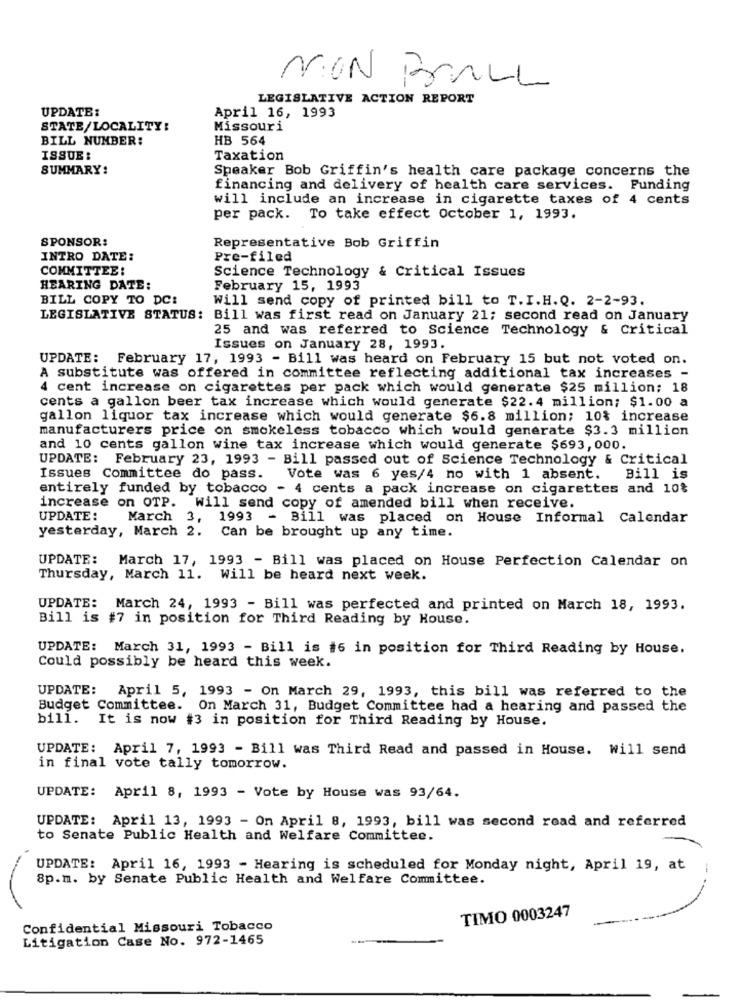
MON BULL
LEGISLATIVE ACTION REPORT
UPDATE:
April 16, 1993
STATE/LOCALITY:
Missouri
BILL NUMBER:
HB 564
ISSUE:
Taxation
SUMMARY:
Speaker Bob Griffin's health care package concerns the
financing and delivery of health care services. Funding
will include an increase in cigarette taxes of 4 cents
per pack. To take effect October 1, 1993.
SPONSOR:
Representative Bob Griffin
INTRO DATE:
Pre-filed
COMMITTEE:
Science Technology & Critical Issues
HEARING DATE:
February 15, 1993
BILL COPY TO DC:
Will send copy of printed bill to T.I.H.Q. 2-2-93.
LEGISLATIVE STATUS: Bill was first read on January 21; second read on January
25 and was referred to Science Technology & Critical
Issues on January 28, 1993.
UPDATE: February 17, 1993 - Bill was heard on February 15 but not voted on.
A substitute was offered in committee reflecting additional tax increases -
4 cent increase on cigarettes per pack which would generate $25 million; 18
cents a gallon beer tax increase which would generate $22.4 million; $1.00 a
gallon liquor tax increase which would generate $6.8 million; 10% increase
manufacturers price on smokeless tobacco which would generate $3.3 million
and 10 cents gallon wine tax increase which would generate $693,000.
UPDATE: February 23, 1993 - Bill passed out of Science Technology & Critical
Issues Committee do pass.
Vote was 6 yes/4 no with 1 absent. Bill is
entirely funded by tobacco - 4 cents a pack increase on cigarettes and 10%
increase on OTP. Will send copy of amended bill when receive.
UPDATE:
March 3,
1993
- Bill was placed on House Informal Calendar
yesterday, March 2. Can be brought up any time.
UPDATE: March 17, 1993 - Bill was placed on House Perfection Calendar on
Thursday, March 11. Will be heard next week.
UPDATE: March 24, 1993 - Bill was perfected and printed on March 18, 1993.
Bill is #7 in position for Third Reading by House.
UPDATE: March 31, 1993 - Bill is #6 in position for Third Reading by House.
Could possibly be heard this week.
UPDATE:
April 5, 1993 - On March 29, 1993, this bill was referred to the
Budget Committee. On March 31, Budget Committee had a hearing and passed the
bill. It is now #3 in position for Third Reading by House.
UPDATE: April 7, 1993 - Bill was Third Read and passed in House. will send
in final vote tally tomorrow.
UPDATE: April 8, 1993 - Vote by House was 93/64.
UPDATE: April 13, 1993 - On April 8, 1993, bill was second read and referred
to Senate Public Health and Welfare Committee.
UPDATE: April 16, 1993 - Hearing is scheduled for Monday night, April 19, at
1
8p.m. by Senate Public Health and Welfare Committee.
TIMO 0003247
Confidential Missouri Tobacco
Litigation Case No. 972-1465